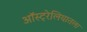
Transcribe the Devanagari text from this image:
ऑस्ट्रेलियातला